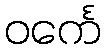
ဝင်္ကေ